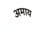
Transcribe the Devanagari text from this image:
अमाय